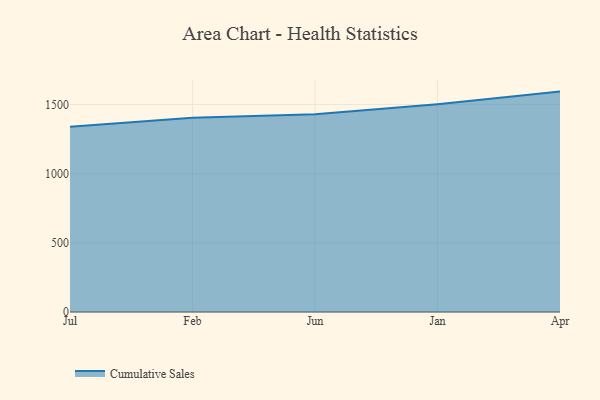
{"axis": {"x": "Month", "y": "Demand Index"}, "legend": ["Cumulative Sales"], "data": [{"x": "Jul", "y": 1339.1, "type": "Cumulative Sales"}, {"x": "Feb", "y": 1404.4, "type": "Cumulative Sales"}, {"x": "Jun", "y": 1430.1, "type": "Cumulative Sales"}, {"x": "Jan", "y": 1502.7, "type": "Cumulative Sales"}, {"x": "Apr", "y": 1593.4, "type": "Cumulative Sales"}]}